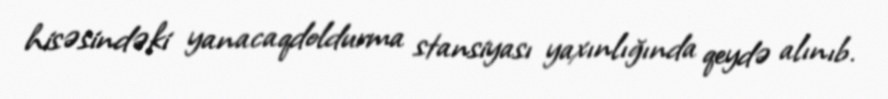
hisəsindəki yanacaqdoldurma stansiyası yaxınlığında qeydə alınıb.